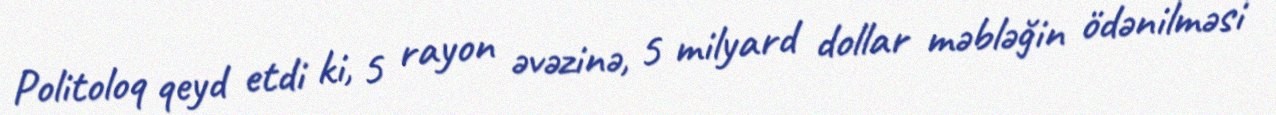
Politoloq qeyd etdi ki, 5 rayon əvəzinə, 5 milyard dollar məbləğin ödənilməsi